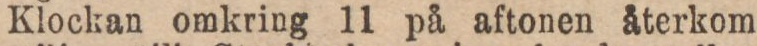
Klockan omkring 11 på aftonen återkom